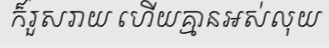
ក៏រួសរាយ ហើយគ្មានអស់លុយ